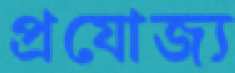
প্রযোজ্য